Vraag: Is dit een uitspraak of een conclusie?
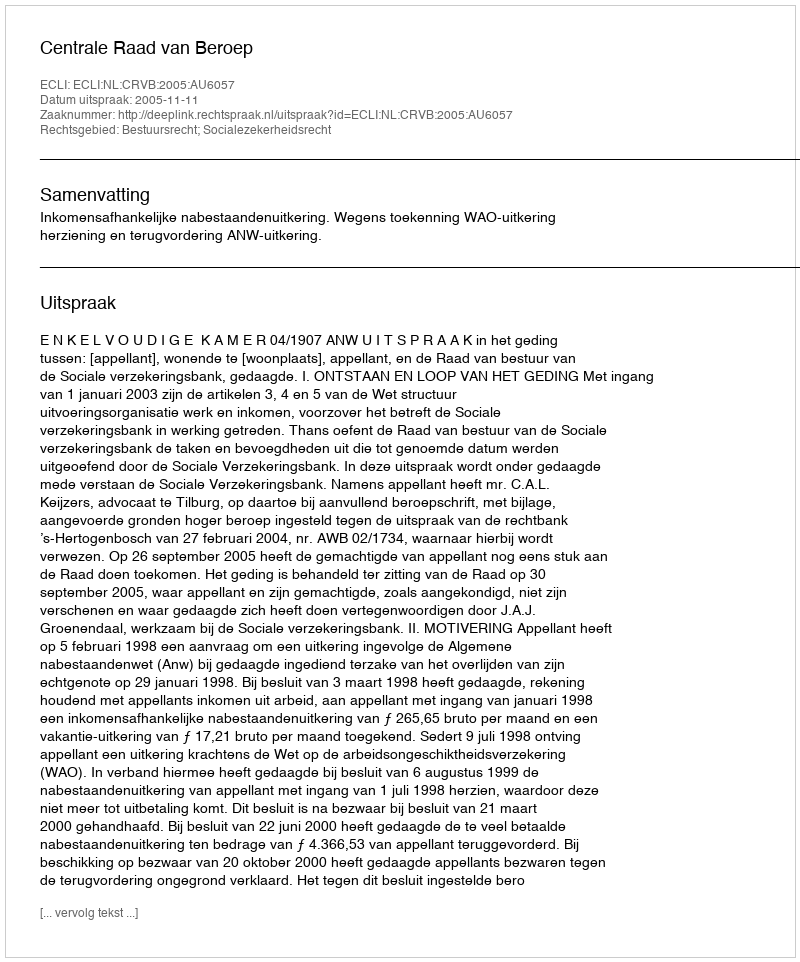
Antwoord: Uitspraak